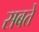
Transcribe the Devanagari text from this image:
सबतें